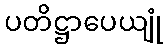
ပတိဋ္ဌာပေယျုံ